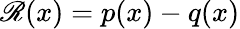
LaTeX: \mathscr{R}(x)=p(x)-q(x)